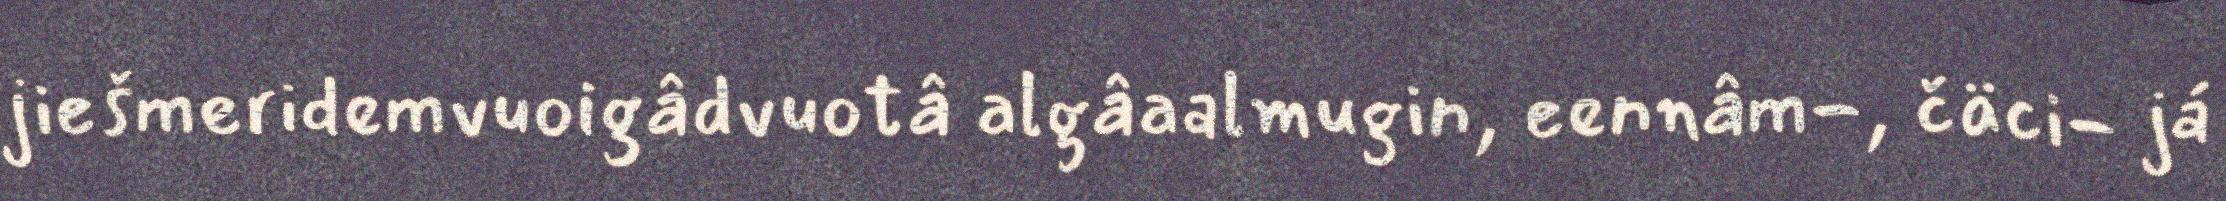
jiešmeridemvuoigâdvuotâ algâaalmugin, eennâm-, čäci- já